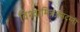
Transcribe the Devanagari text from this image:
विश्वामित्रजमदग्नी